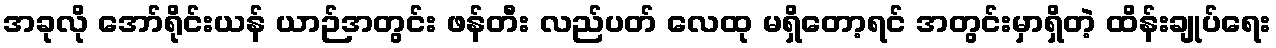
အခုလို အော်ရိုင်းယန် ယာဉ်အတွင်း ဖန်တီး လည်ပတ် လေထု မရှိတော့ရင် အတွင်းမှာရှိတဲ့ ထိန်းချုပ်ရေး